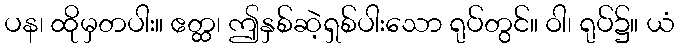
ပန၊ ထိုမှတပါး။ ဧတ္ထ၊ ဤနှစ်ဆဲ့ရှစ်ပါးသော ရုပ်တွင်။ ဝါ၊ ရုပ်၌။ ယံ